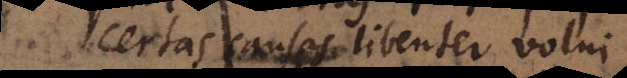
certas causas libenter volui